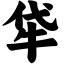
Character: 牮